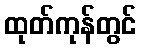
ထုတ်ကုန်တွင်